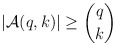
\begin{align*}|\mathcal A(q,k)| \geq \binom{q}{k}\end{align*}